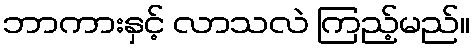
ဘာကားနှင့် လာသလဲ ကြည့်မည်။